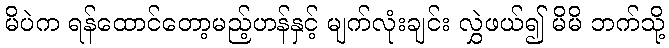
မိပဲက ရန်ထောင်တော့မည့်ဟန်နှင့် မျက်လုံးချင်း လွှဲဖယ်၍ မိမိ ဘက်သို့